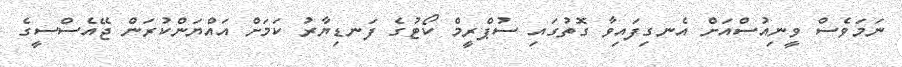
ނަމަވެސް ވީނިއުސްއަށް އެނގިފައިވާ ގޮތުގައި ސުޕްރީމް ކޯޓުގެ ފަނޑިޔާރު ކަމަށް އައްޔަންކުރަން ޖޭއެސްސީގެ